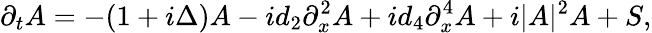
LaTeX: \partial_{t}A=-(1+i\Delta)A-id_{2}\partial_{x}^{2}A+id_{4}\partial_{x}^{4}A+i|A|^{2}A+S,